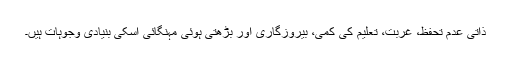
ذاتی عدم تحفظ، غربت، تعلیم کی کمی، بیروزگاری اور بڑھتی ہوئی مہنگائی اسکی بنیادی وجوہات ہیں۔